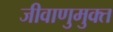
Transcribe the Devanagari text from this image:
जीवाणुमुक्त